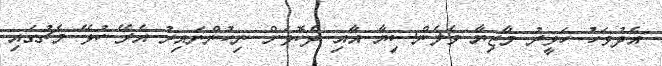
އެދުވަހު ހަވީރު މާޒިޔާ ވެލެންސިޔާ އާއި ދެކޮޅަށް ނިކުންނައިރު އެރޭ ކުޅޭ މެޗުގައި